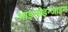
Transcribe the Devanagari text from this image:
आइसोइन्जाइम